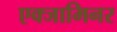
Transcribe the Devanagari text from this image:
एक्जामिनर